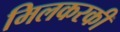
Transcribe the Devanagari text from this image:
मिलकरकी